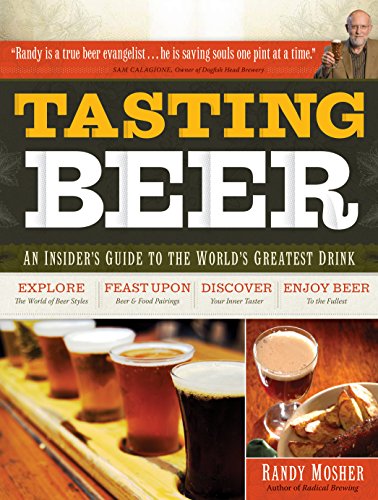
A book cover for Tasting Beer: An Insider's Guide to the World's Greatest Drink; Randy Mosher; Cookbooks, Food & Wine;